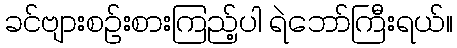
ခင်ဗျားစဉ်းစားကြည့်ပါ ရဲဘော်ကြီးရယ်။